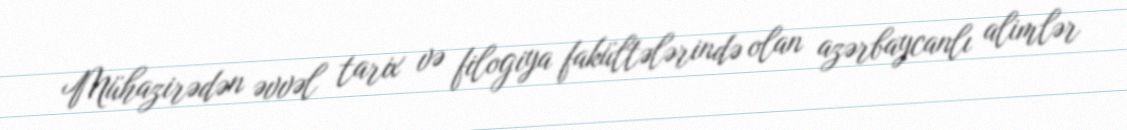
Mühazirədən əvvəl tarix və filogiya fakültələrində olan azərbaycanlı alimlər